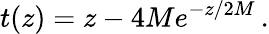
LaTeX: t(z)=z-4Me^{-z/2M}\, .